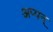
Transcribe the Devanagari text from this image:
अप्पन्